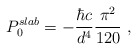
\begin{align*}P^{slab}_0=-\frac{\hbar c }{d^4}\frac{\pi^2}{120}\ ,\end{align*}